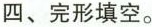
四、完形填空。